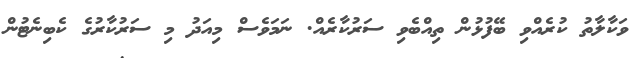
ވަކާލާތު ކުރެއްވި ބޭފުޅުން ތިއްބެވި ސަރުކާރެއް. ނަމަވެސް މިއަދު މި ސަރުކާރުގެ ކެބިނެޓުން